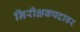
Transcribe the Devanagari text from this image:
निरीक्षकपदावर